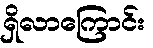
ရှိလာကြောင်း